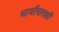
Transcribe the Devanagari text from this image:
भाजीपालाही